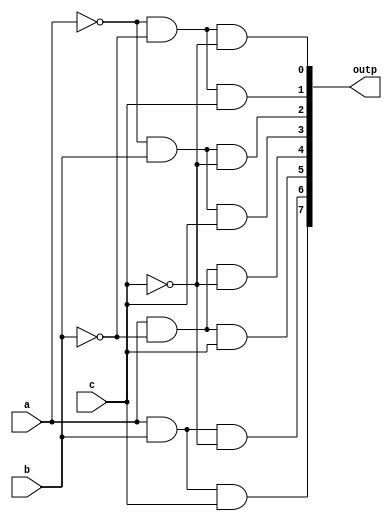
`ifndef DECODER_3TO1
`define DECODE_3TO1
	module decoder_3to1(
		output [7:0] outp,
		input a,
		input b,
		input c
	);
		
		wire abar,bbar,cbar;
		
		not(abar,a);
		not(bbar,b);
		not(cbar,c);
		
		and(outp[0], abar,bbar,cbar);
		and(outp[1], abar,bbar,c);
		and(outp[2], abar,b,cbar);
		and(outp[3], abar,b,c);

		and(outp[4], a,bbar,cbar);
		and(outp[5], a,bbar,c);
		and(outp[6], a,b,cbar);
		and(outp[7], a,b,c);
		
	endmodule
`endif